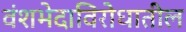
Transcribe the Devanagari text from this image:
वंशभेदाविरोधातील